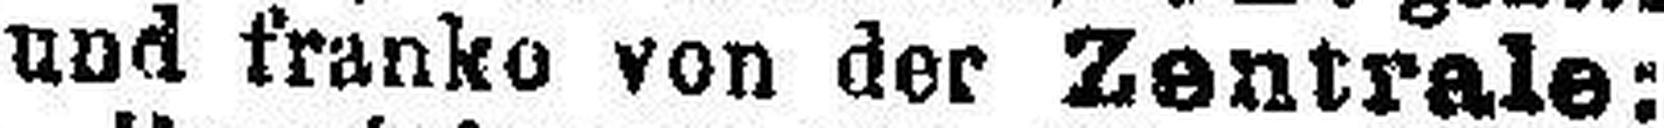
and franko von der Zentrale: